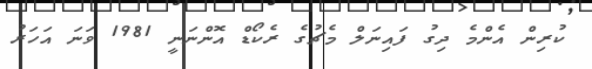
ކުރިން އެންމެ ދިގު ފައިނަލް މެޗުގެ ރެކޯޑް އޮންނަނީ 1981 ވަނަ އަހަރު